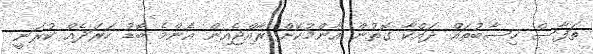
ތަފާސް ހިސާބުތައް ދައްކާ ގޮތުން އާންމުކޮށް ރާއްޖެއިން އެންމެ ބޮޑު ހަރަދެއް ކުރަނީ